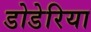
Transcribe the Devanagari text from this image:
डोडेरिया